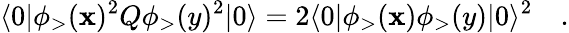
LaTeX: \langle0|\phi_{>}(\mathbf{x})^{2}Q\phi_{>}(y)^{2}|0\rangle=2\langle0|\phi_{>}(\mathbf{x})\phi_{>}(y)|0\rangle^{2}\quad.